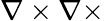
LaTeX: \nabla\times\nabla\times